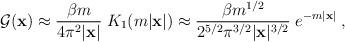
LaTeX: \begin{align*}{\cal G}({\bf x}) \approx {\beta m \over 4\pi^2 \vert {\bf x} \vert}\;K_1(m \vert {\bf x} \vert ) \approx{\beta m^{1/2} \over 2^{5/2}\pi^{3/2} \vert {\bf x} \vert ^{3/2}} \;e^{-m \vert {\bf x} \vert} \;,\end{align*}